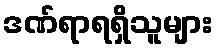
ဒဏ်ရာရရှိသူများ